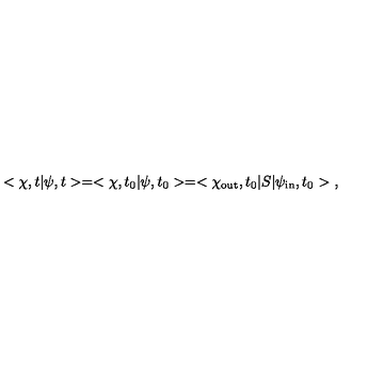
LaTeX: < \chi , t | \psi , t > = < \chi , t _ { 0 } | \psi , t _ { 0 } > = < \chi _ { \mathrm { o u t } } , t _ { 0 } | S | \psi _ { \mathrm { i n } } , t _ { 0 } > \ ,